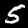
Digit: 5